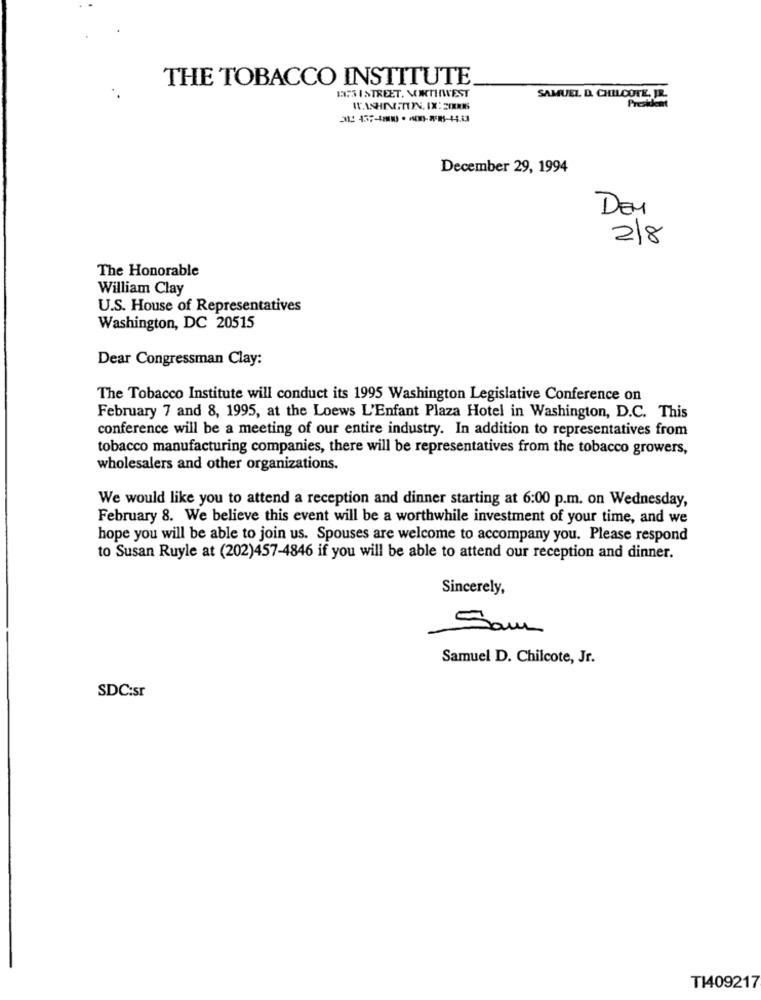
THE TOBACCO INSTITUTE
ENCJISTREET. MONTINVEST
SAMUEL D. CHILCOTE, JR.
President
December 29, 1994
DEY
2/8
The Honorable
William Clay
U.S. House of Representatives
Washington, DC 20515
Dear Congressman Clay:
The Tobacco Institute will conduct its 1995 Washington Legislative Conference on
February 7 and 8, 1995, at the Loews L'Enfant Plaza Hotel in Washington, D.C. This
conference will be a meeting of our entire industry. In addition to representatives from
tobacco manufacturing companies, there will be representatives from the tobacco growers,
wholesalers and other organizations.
We would like you to attend a reception and dinner starting at 6:00 p.m. on Wednesday,
February 8. We believe this event will be a worthwhile investment of your time, and we
hope you will be able to join us. Spouses are welcome to accompany you. Please respond
to Susan Ruyle at (202)457-4846 if you will be able to attend our reception and dinner.
Sincerely,
Sam
Samuel D. Chilcote, Jr.
SDC:sr
T1409217